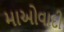
માઓવાદી